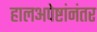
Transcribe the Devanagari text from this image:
हालअपेष्टांनंतर